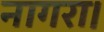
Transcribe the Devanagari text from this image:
नागरा।